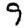
Digit: 9